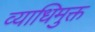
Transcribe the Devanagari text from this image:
व्याधिमुक्त